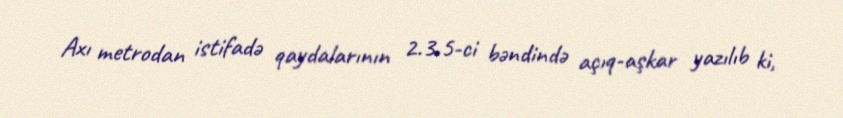
Axı metrodan istifadə qaydalarının 2.3.5-ci bəndində açıq-aşkar yazılıb ki,